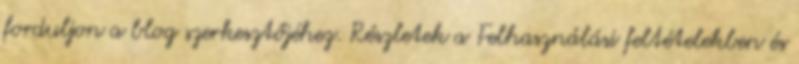
forduljon a blog szerkesztőjéhez. Részletek a Felhasználási feltételekben és